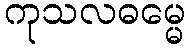
ကုသလဓမ္မေ